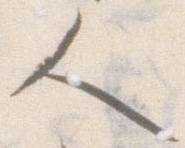
人